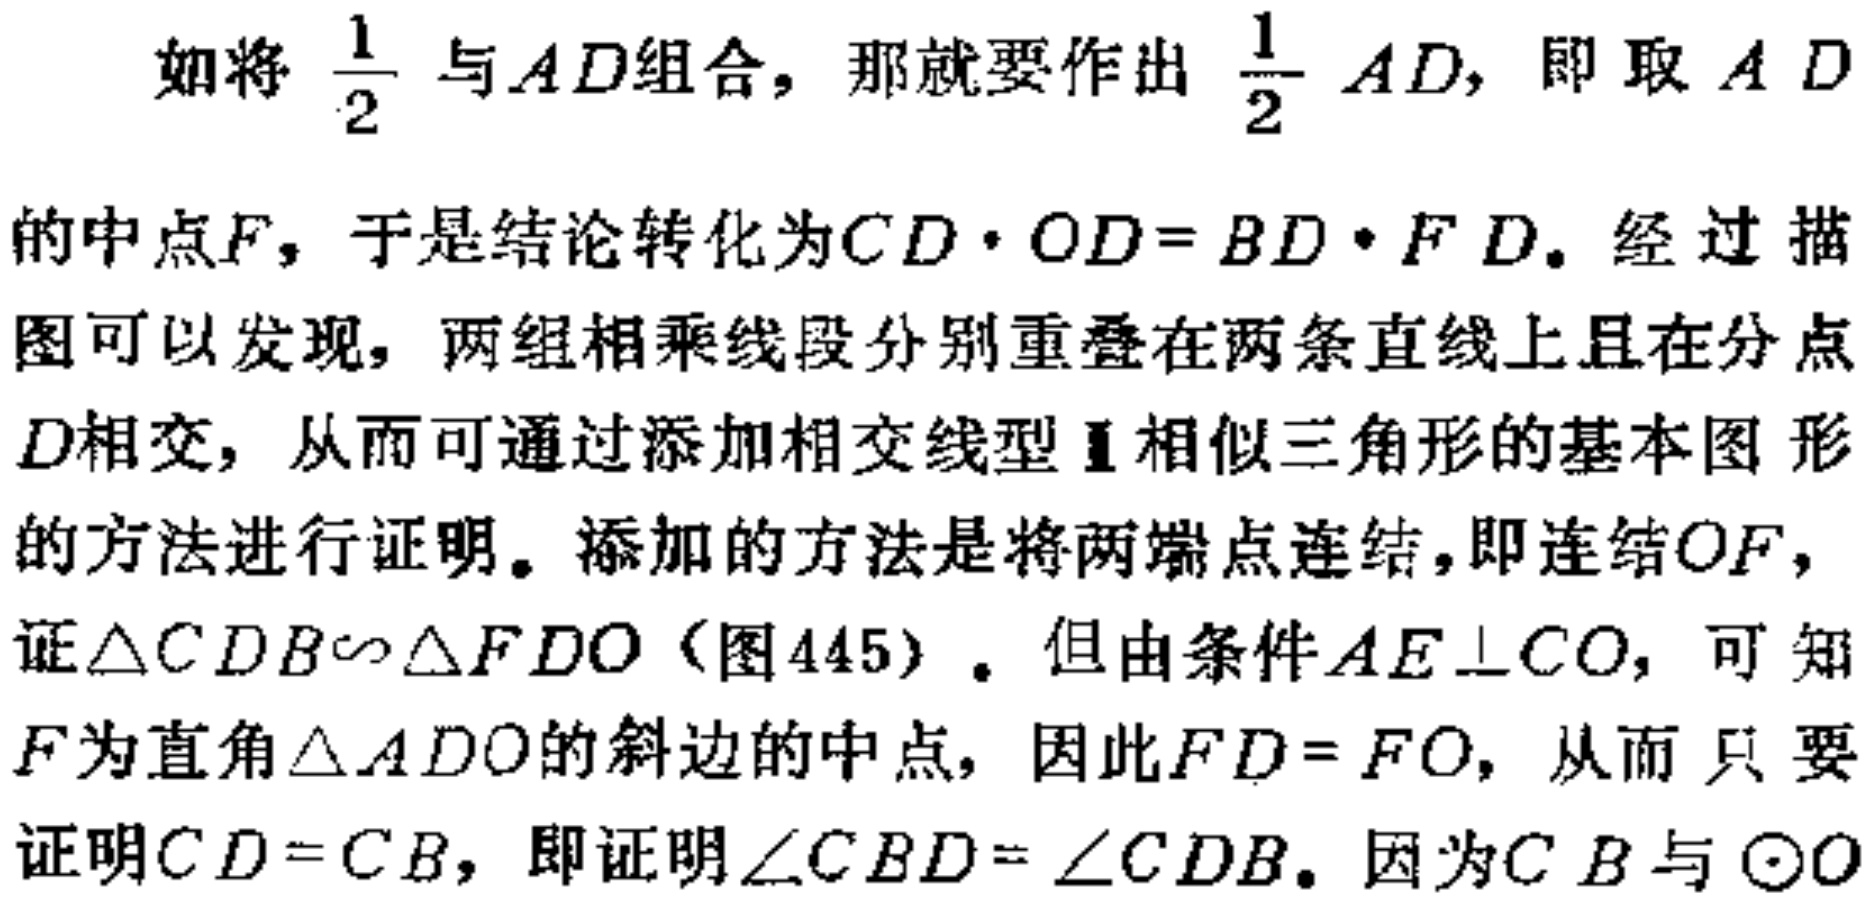
如将 $\frac{1}{2}$ 与$AD$组合，那就要作出 $\frac{1}{2} AD$，即取 $AD$
的中点$F$，于是结论转化为$CD\cdot OD = BD\cdot FD$。经过描
图可以发现，两组相乘线段分别重叠在两条直线上且在分点
$D$相交，从而可通过添加相交线型Ⅱ相似三角形的基本图 形
的方法进行证明。添加的方法是将两端点连结，即连结$OF$，
证$\triangle CDB\sim\triangle FDO$（图445）。但由条件$AE\perp CO$，可 知
$F$为直角$\triangle ADO$的斜边的中点，因此$FD = FO$，从而 只 要
证明$CD = CB$，即证明$\angle CBD=\angle CDB$。因为$C B$与 $\odot O$